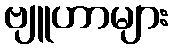
ဗျူဟာများ